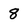
Character: 8